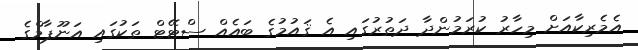
އެމެރިކާއަށް މިހާރު ކުރަމުންދާ ދަތުރުގައި އެ ޤައުމުގެ ބައެއް ސްޓޭޓް ތަކުގައި އަނޫޕާމްގެ